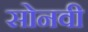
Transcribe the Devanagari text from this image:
सोनवी